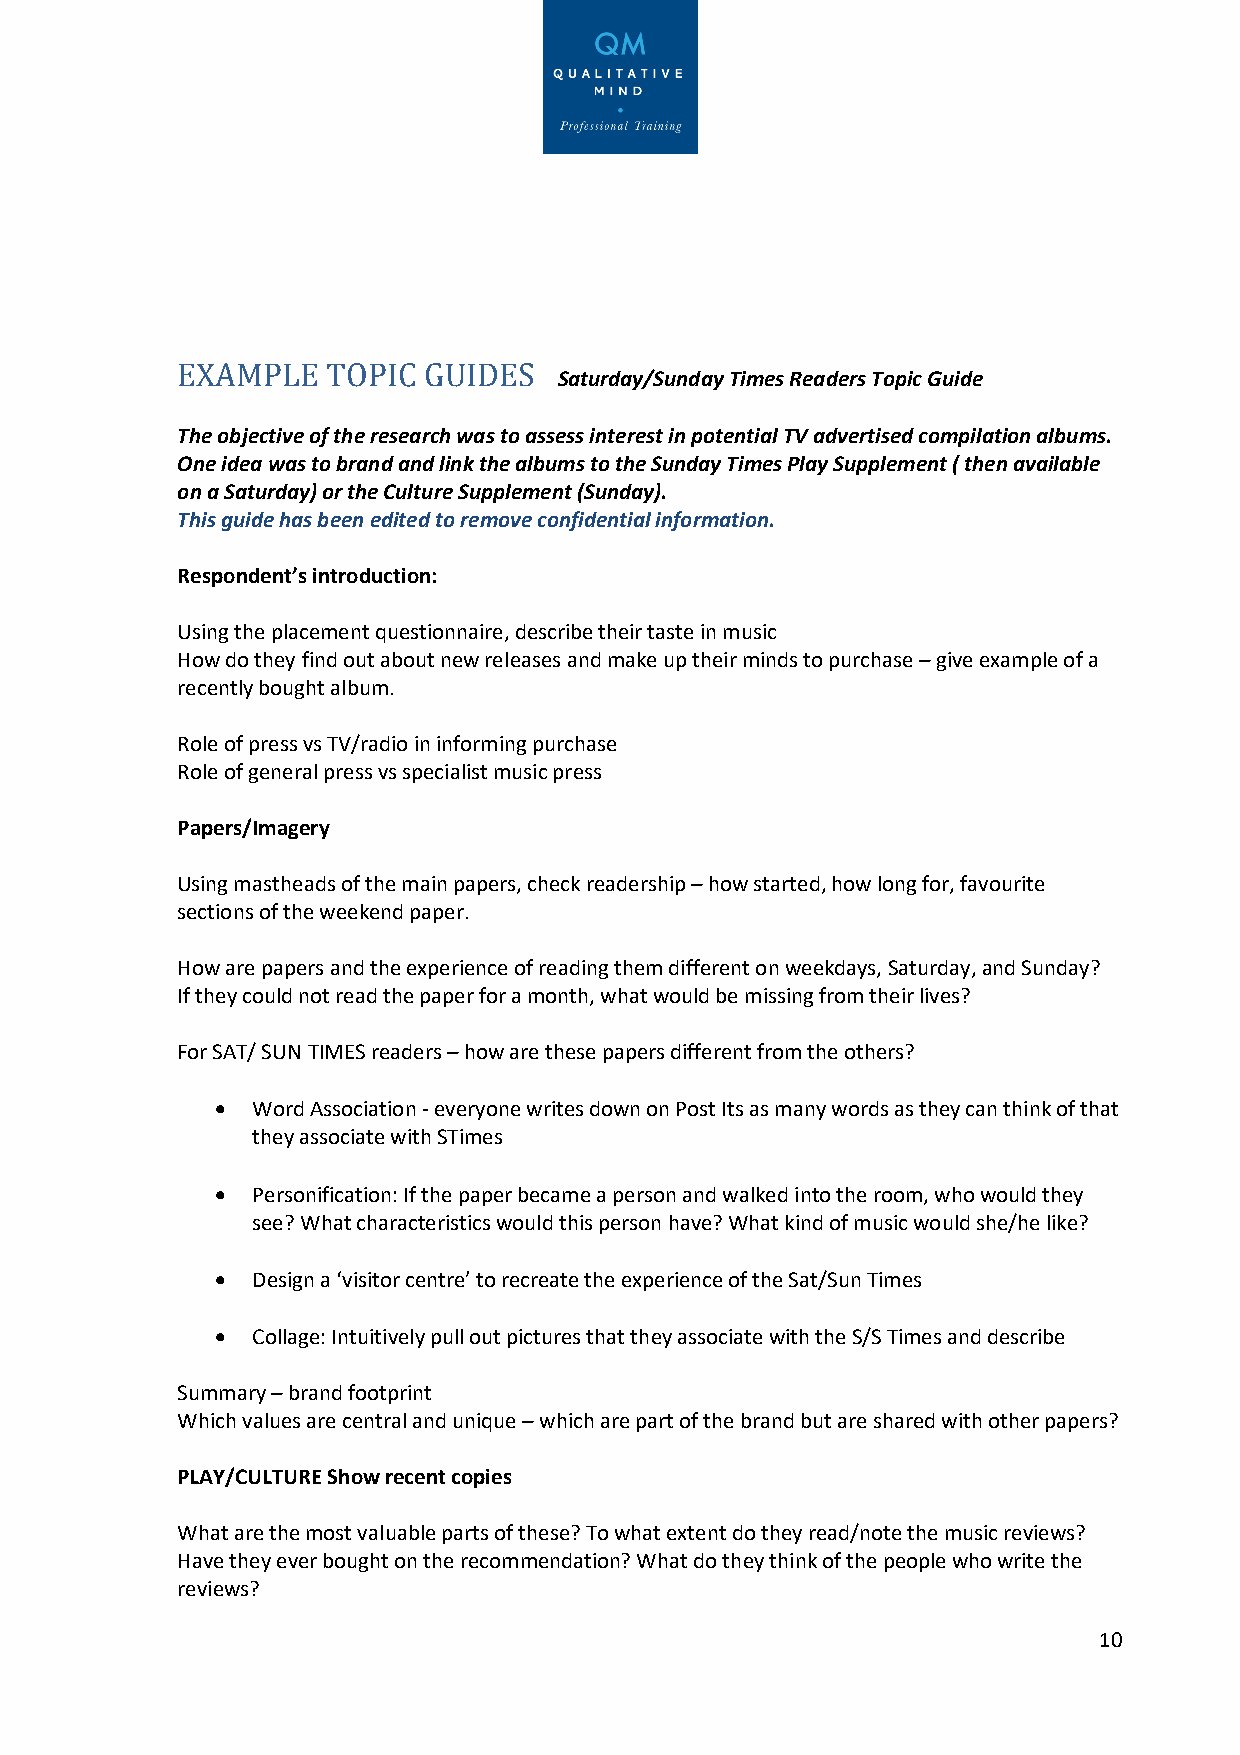
EXAMPLE   TOPIC GUIDES
 Saturday/Sunday Times Readers Topic Guide
 The objective of the research was to assess interest in potential TV advertised compilation albums.
 One idea was to brand and link the albums to the Sunday Times Play Supplement ( then available
 on a Saturday) or the Culture Supplement (Sunday).
 This guide has been edited to remove confidential information.
 Respondent’s introduction:
 Using the placement questionnaire, describe their taste in music
 How do they find out about new releases and make up their minds to purchase – give example of a
 recently bought album.
 Role of press vs TV/radio in informing purchase
 Role of general press vs specialist music press
 Papers/Imagery
 Using mastheads of the main papers, check readership – how started, how long for, favourite
 sections of the weekend paper.
 How are papers and the experience of reading them different on weekdays, Saturday, and Sunday?
 If they could not read the paper for a month, what would be missing from their lives?
 For SAT/ SUN TIMES readers – how are these papers different from the others?
 •  Word Association - everyone writes down on Post Its as many words as they can think of that
 they associate with STimes
 •  Personification: If the paper became a person and walked into the room, who would they
 see? What characteristics would this person have? What kind of music would she/he like?
 •  Design a ‘visitor centre’ to recreate the experience of the Sat/Sun Times
 •  Collage: Intuitively pull out pictures that they associate with the S/S Times and describe
 Summary – brand footprint
 Which values are central and unique – which are part of the brand but are shared with other papers?
 PLAY/CULTURE Show recent copies
 What are the most valuable parts of these? To what extent do they read/note the music reviews?
 Have they ever bought on the recommendation? What do they think of the people who write the
 reviews?
 10